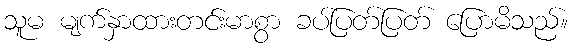
သူမ မျက်နှာထားတင်းမာစွာ ခပ်ပြတ်ပြတ် ပြောမိသည်။